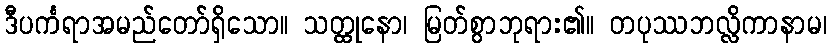
ဒီပင်္ကရာအမည်တော်ရှိသော။ သတ္ထုနော၊ မြတ်စွာဘုရား၏။ တပုဿဘလ္လိကာနာမ၊